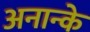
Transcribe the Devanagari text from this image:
अनान्के